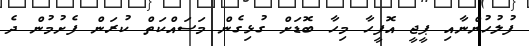
ފުލުހުންނާއި ޕީޖީ އޮފީހާ މިހާ ބޮޑަށް ގުޅިގެން މަސައްކަތް ކުރަން ފެށުމުން ދެ